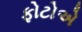
ફોટોએ